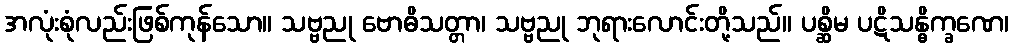
အလုံးစုံလည်းဖြစ်ကုန်သော။ သဗ္ဗညု ဗောဓိသတ္တာ၊ သဗ္ဗညု ဘုရားလောင်းတို့သည်။ ပစ္ဆိမ ပဋိသန္ဓိက္ခဏေ၊